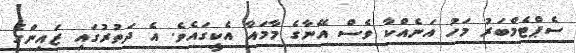
ސެޕްޓެމްބަރު މަހު އަނެއްކާ ވެސް އޭނާގެ މާމައާ އެކީގައެވެ. އެ ދަތުރުގައި ޒައިންގެ